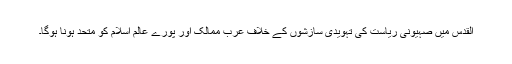
القدس میں صہیونی ریاست کی تہویدی سازشوں کے خلاف عرب ممالک اور پورے عالم اسلام کو متحد ہونا ہوگا۔